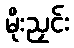
မိုးညှင်း